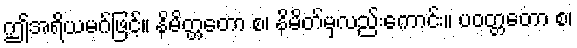
ဤအရိယမဂ်ဖြင့်။ နိမိတ္တတော စ၊ နိမိတ်မှလည်းကောင်း။ ပဝတ္တတော စ၊